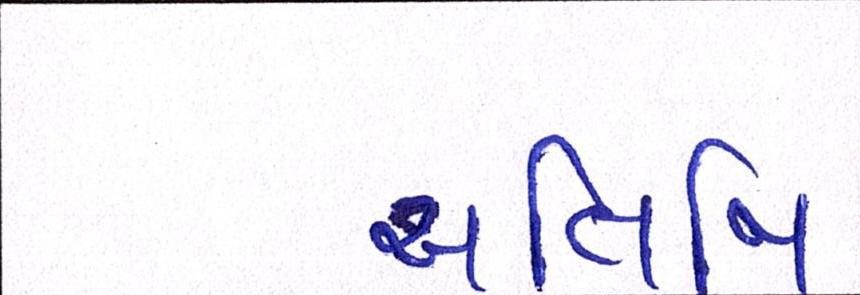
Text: અતિથિ